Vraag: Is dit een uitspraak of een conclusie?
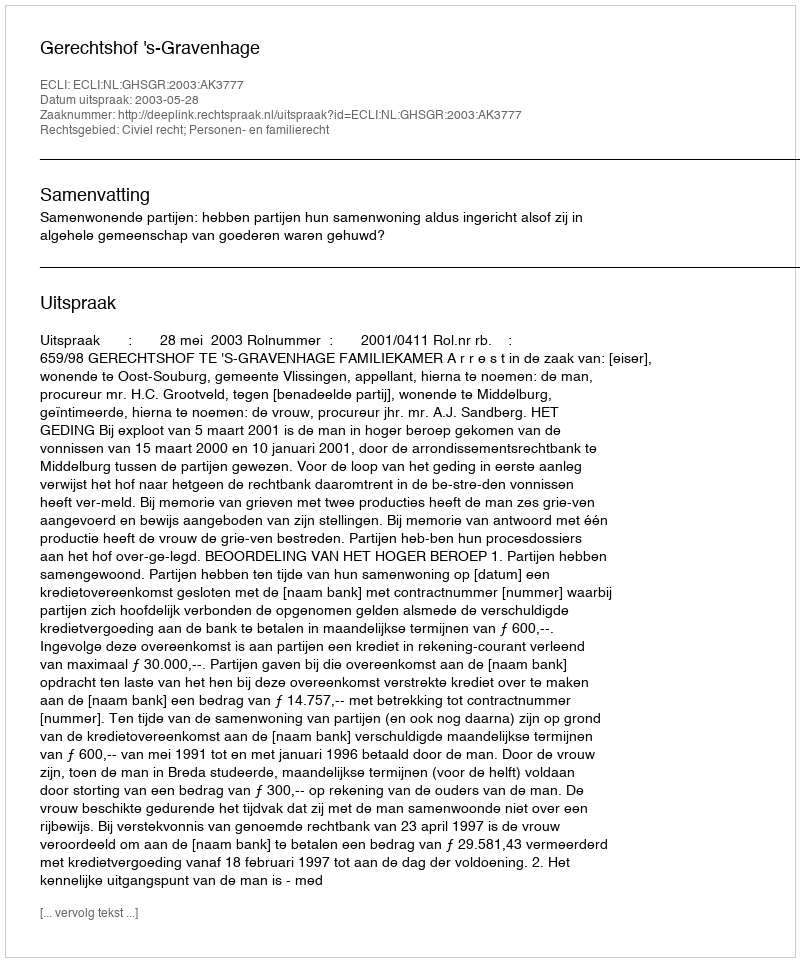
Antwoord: Uitspraak